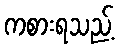
ကစားရသည့်